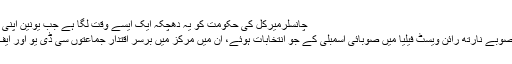
چانسلرميرکل کی حکومت کو يہ دھچکہ ايک ايسے وقت لگا ہے جب يونين اپنی تاريخ کے بدترين بحران سے دوچار ہے
کل ملک کے سب سے کثير آبادی والے صوبے نارتھ رائن ويسٹ فيليا ميں صوبائی اسمبلی کے جو انتخابات ہوئے، اُن ميں مرکز ميں برسر اقتدار جماعتوں سی ڈی يو اور ايف ڈی پی کو بھاری نقصانات اٹھانا پڑے۔